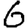
Digit: 6